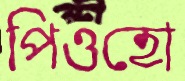
পিওহো